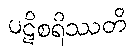
ပဋိစရိဿတိ